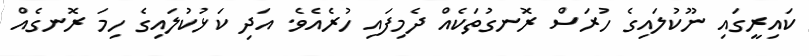
ކައިރީގައި ނޫކުލައިގެ ހުރަސް ރޮނގުތަކެއް ދެމިފައި ހުރެއެވެ. އަދި ކަޅުކުލައިގެ ހިމަ ރޮނގެއް